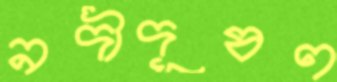
নদীদূষণ